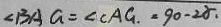
\angle B A G = \angle C A G . = 9 0 - 2 \alpha .